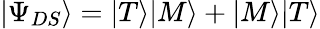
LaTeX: |\Psi_{DS}\rangle=|T\rangle|M\rangle+|M\rangle|T\rangle